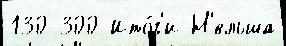
130 300 Ито́г'и Н'ельша